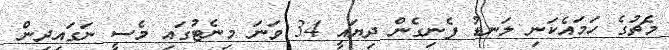
މެޗުގެ ހަމައެކަނި ލަނޑު ފެނިގެން ދިޔައީ 34 ވަނަ މިނެޓުގައި މެސީ ނަގައިދިން